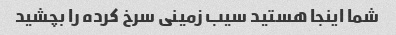
شما اینجا هستید سیب زمینی سرخ کرده را بچشید